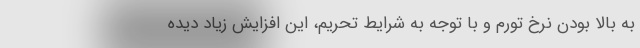
به بالا بودن نرخ تورم و با توجه به شرایط تحریم، این افزایش زیاد دیده